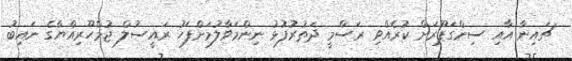
ޗައިނާ އާއި ސިންގަޕޫރަށް ކުރެއްވި ރަސްމީ ދަތުރުފުޅު ނިންމަވާލުމަށްފަހު ރައީސުލް ޖުމްހޫރިއްޔާގެ ނައިބު